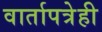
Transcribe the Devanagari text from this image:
वार्तापत्रेही